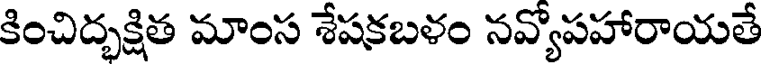
కించిద్భక్షిత మాంస శేషకబళం నవ్యోపహారాయతే